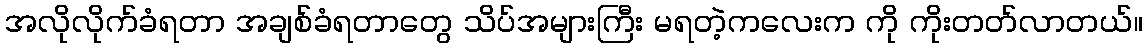
အလိုလိုက်ခံရတာ အချစ်ခံရတာတွေ သိပ်အများကြီး မရတဲ့ကလေးက ကို ကိုးတတ်လာတယ်။